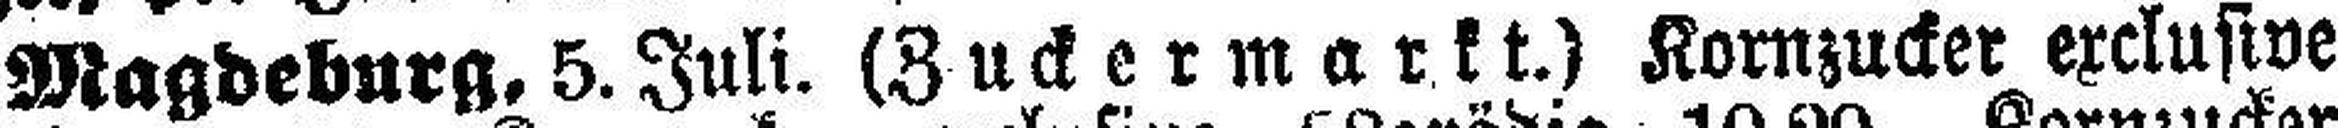
Magdeburg. 5.Juli. (Zuckermarkt.) Kornzucker exclusive